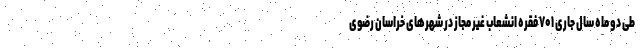
طی دو ماه سال جاری ۷۰۱ فقره انشعاب غیر مجاز در شهرهای خراسان رضوی